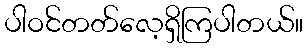
ပါဝင်တတ်လေ့ရှိကြပါတယ်။